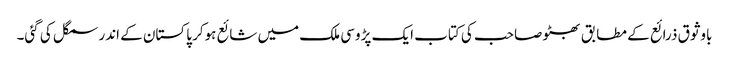
باوثوق ذرائع کے مطابق بھٹو صاحب کی کتاب ایک پڑوسی ملک میں شائع ہوکر پاکستان کے اندر سمگل کی گئی۔